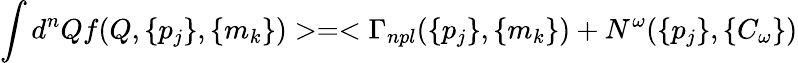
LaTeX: \int d^{n}Qf(Q,\{ p_{j}\} ,\{ m_{k}\} )>=<\Gamma_{npl}(\{ p_{j}\} ,\{ m_{k}\} )+N^{\omega}(\{ p_{j}\} ,\{ C_{\omega}\} )